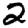
Digit: 2